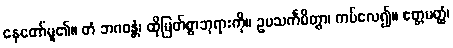
နေတော်မူ၏။ တံ ဘဂဝန္တံ၊ ထိုမြတ်စွာဘုရားကို။ ဥပသင်္ကမိတွာ၊ ကပ်လေ၍။ ဧတ္တမတ္ထံ၊